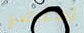
تحتضر